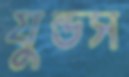
যুন্ডস